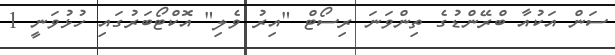
ސަން އަކުއާ ބްރޭންޑުގެ ތިންވަނަ ރިސޯޓް "އިރު ވެލި" އޮކްޓޯބަރުގައި ހުޅުވަނީ 1